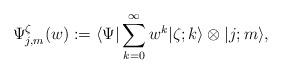
LaTeX: \begin{align*}\Psi_{j,m}^\zeta(w):=\langle \Psi \vert \sum_{k=0}^\infty w^k\vert \zeta; k \rangle\otimes \vert j; m \rangle,\end{align*}